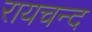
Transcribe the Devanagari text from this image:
रायचन्द